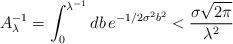
LaTeX: \begin{align*}A_\lambda^{-1}=\int_0^{\lambda^{-1}}db\,e^{-1/2\sigma^2b^2}<{\sigma\sqrt{2\pi}\over\lambda^2}\end{align*}